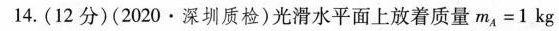
14. (12分)(2020·深圳质检)光滑水平面上放着质量$$m_{A} = 1 kg$$